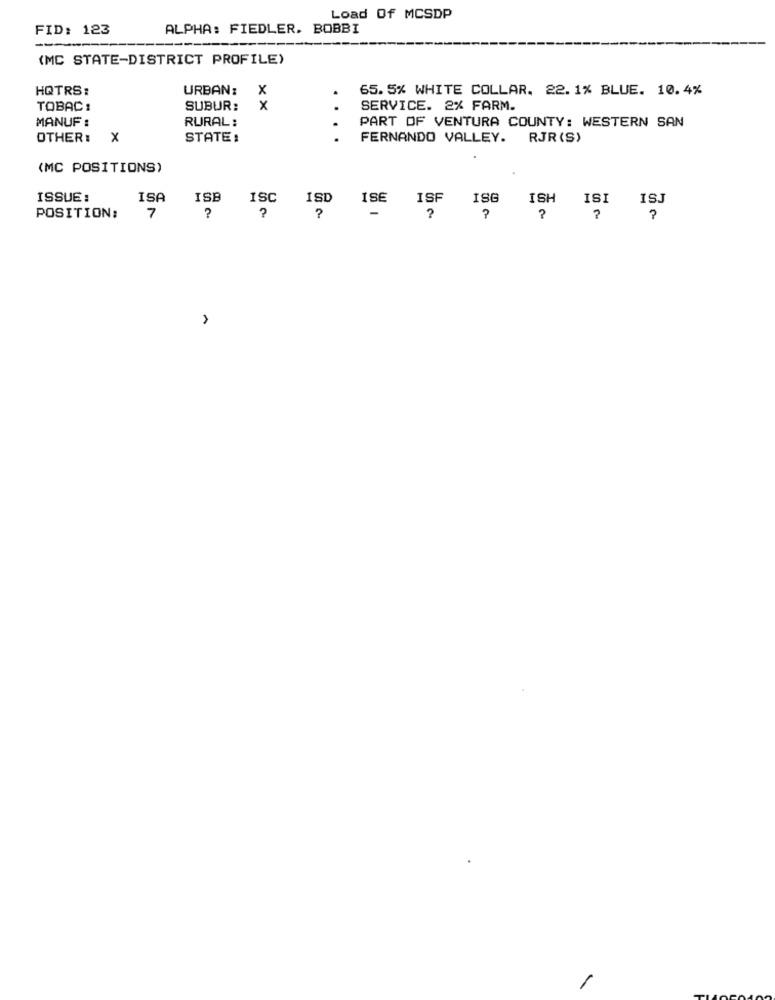
Load Of MCSDP
FID: 123
ALPHA: FIEDLER. BOBBI
(MC STATE-DISTRICT PROFILE)
HQTRS:
URBAN:
x
65. 5% WHITE COLLAR. 22. 1% BLUE. 10. 4%
TOBAC:
SUBUR:
x
.
SERVICE. 2% FARM.
MANUF :
RURAL:
PART OF VENTURA COUNTY: WESTERN SAN
OTHER: X
STATE:
FERNANDO VALLEY. RJR(S)
(MC POSITIONS)
ISSUE:
ISA
ISB
ISC
ISD
ISE
ISF
ISG
ISH
ISI ISJ
7
2
-
POSITION:
?
?
?
?
?
?
?
A
/